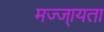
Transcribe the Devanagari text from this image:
मज्ज्ायता